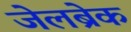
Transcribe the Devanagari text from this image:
जेलब्रेक